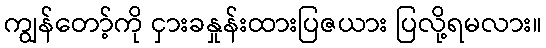
ကျွန်တော့်ကို ငှားခနှုန်းထားပြဇယား ပြလို့ရမလား။